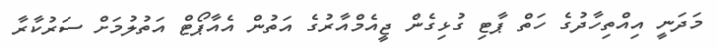
މަދަނީ އިއްތިހާދުގެ ހަތް ޕާޓި ގުޅިގެން ޖީއެމްއާރުގެ އަތުން އެއާޕޯޓް އަތުލުމަށް ސަރުކާރާ